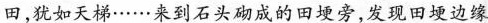
田，犹如天梯……来到石头砌成的田埂旁，发现田埂边缘